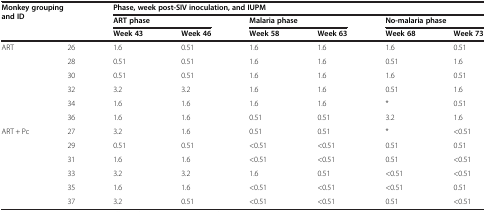
<table><thead><tr><td rowspan="3" colspan="2"><b>Monkey grouping and ID</b></td><td colspan="6"><b>Phase, week post-SIV inoculation, and IUPM</b></td></tr><tr><td colspan="2"><b>ART phase</b></td><td colspan="2"><b>Malaria phase</b></td><td colspan="2"><b>No-malaria phase</b></td></tr><tr><td><b>Week 43</b></td><td><b>Week 46</b></td><td><b>Week 58</b></td><td><b>Week 63</b></td><td><b>Week 68</b></td><td><b>Week 73</b></td></tr></thead><tbody><tr><td rowspan="6">ART</td><td>26</td><td>1.6</td><td>0.51</td><td>1.6</td><td>1.6</td><td>1.6</td><td>0.51</td></tr><tr><td>28</td><td>0.51</td><td>0.51</td><td>1.6</td><td>1.6</td><td>0.51</td><td>1.6</td></tr><tr><td>30</td><td>0.51</td><td>0.51</td><td>1.6</td><td>1.6</td><td>1.6</td><td>0.51</td></tr><tr><td>32</td><td>3.2</td><td>3.2</td><td>1.6</td><td>1.6</td><td>0.51</td><td>1.6</td></tr><tr><td>34</td><td>1.6</td><td>1.6</td><td>1.6</td><td>1.6</td><td>*</td><td>0.51</td></tr><tr><td>36</td><td>1.6</td><td>1.6</td><td>0.51</td><td>0.51</td><td>3.2</td><td>1.6</td></tr><tr><td rowspan="6">ART + Pc</td><td>27</td><td>3.2</td><td>1.6</td><td>0.51</td><td>0.51</td><td>*</td><td>&lt;0.51</td></tr><tr><td>29</td><td>0.51</td><td>0.51</td><td>&lt;0.51</td><td>&lt;0.51</td><td>0.51</td><td>0.51</td></tr><tr><td>31</td><td>1.6</td><td>1.6</td><td>&lt;0.51</td><td>&lt;0.51</td><td>0.51</td><td>&lt;0.51</td></tr><tr><td>33</td><td>3.2</td><td>3.2</td><td>1.6</td><td>0.51</td><td>&lt;0.51</td><td>&lt;0.51</td></tr><tr><td>35</td><td>1.6</td><td>1.6</td><td>&lt;0.51</td><td>&lt;0.51</td><td>&lt;0.51</td><td>0.51</td></tr><tr><td>37</td><td>3.2</td><td>0.51</td><td>&lt;0.51</td><td>&lt;0.51</td><td>0.51</td><td>&lt;0.51</td></tr></tbody></table>